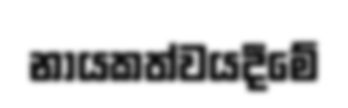
නායකත්වයදීමේ